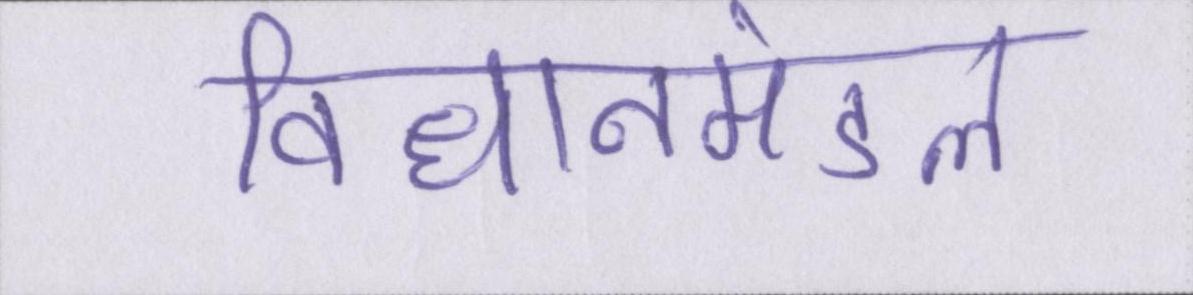
विधानमंडल